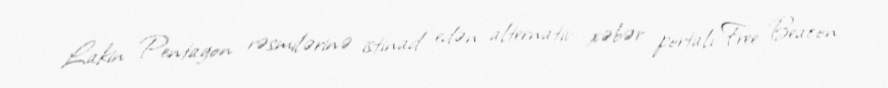
Lakin Pentagon rəsmilərinə istinad edən alternativ xəbər portalı Free Beacon